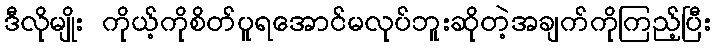
ဒီလိုမျိုး ကိုယ့်ကိုစိတ်ပူရအောင်မလုပ်ဘူးဆိုတဲ့အချက်ကိုကြည့်ပြီး